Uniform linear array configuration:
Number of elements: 4
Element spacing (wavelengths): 0.25
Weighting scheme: uniform
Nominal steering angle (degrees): -60
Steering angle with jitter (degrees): -61.058
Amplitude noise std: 0.05
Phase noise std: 0.05

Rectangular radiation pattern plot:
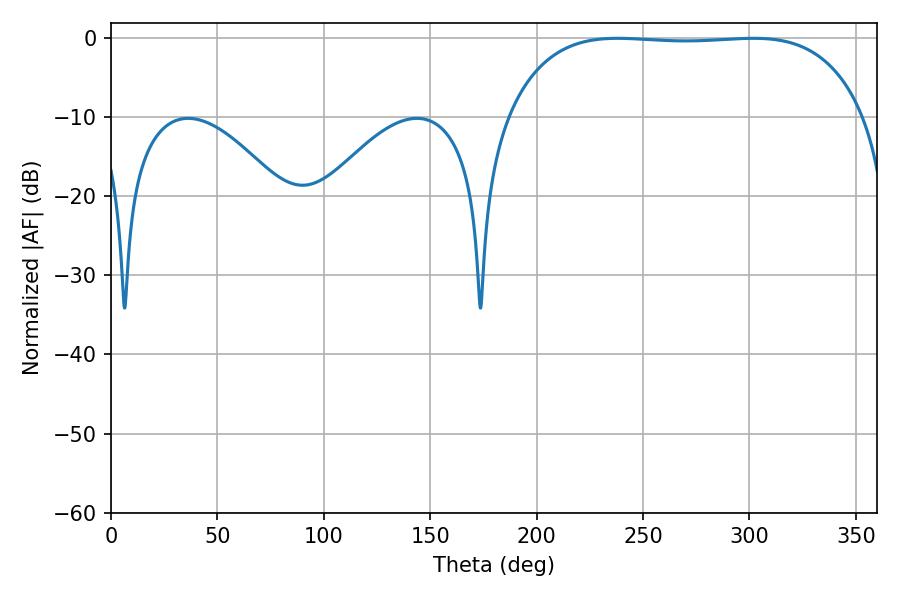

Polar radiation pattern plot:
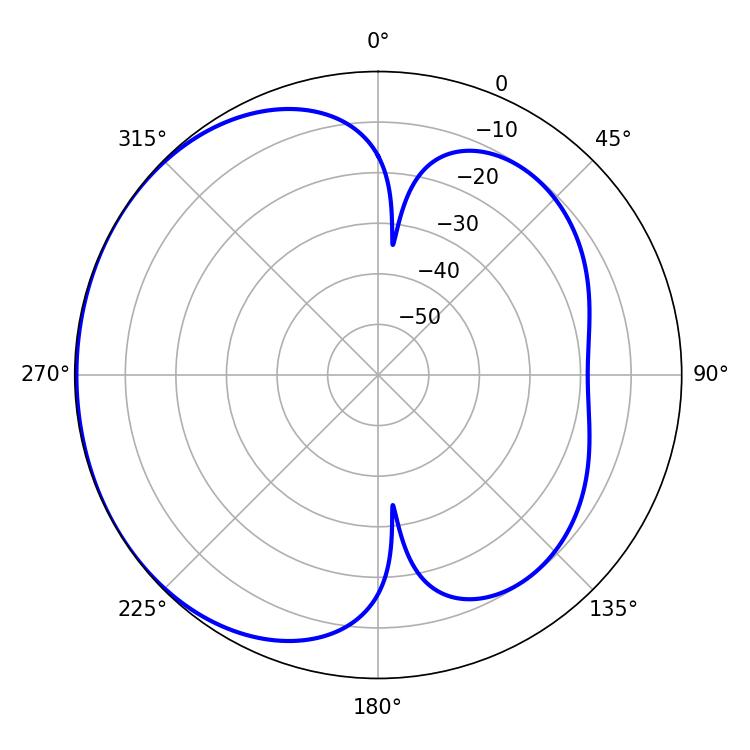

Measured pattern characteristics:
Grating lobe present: FALSE
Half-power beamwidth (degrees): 131.76
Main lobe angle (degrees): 238.14